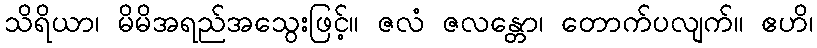
သိရိယာ၊ မိမိအရည်အသွေးဖြင့်။ ဇလံ ဇလန္တော၊ တောက်ပလျက်။ ဧဟိ၊